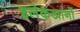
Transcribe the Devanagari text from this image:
इलेकखानों